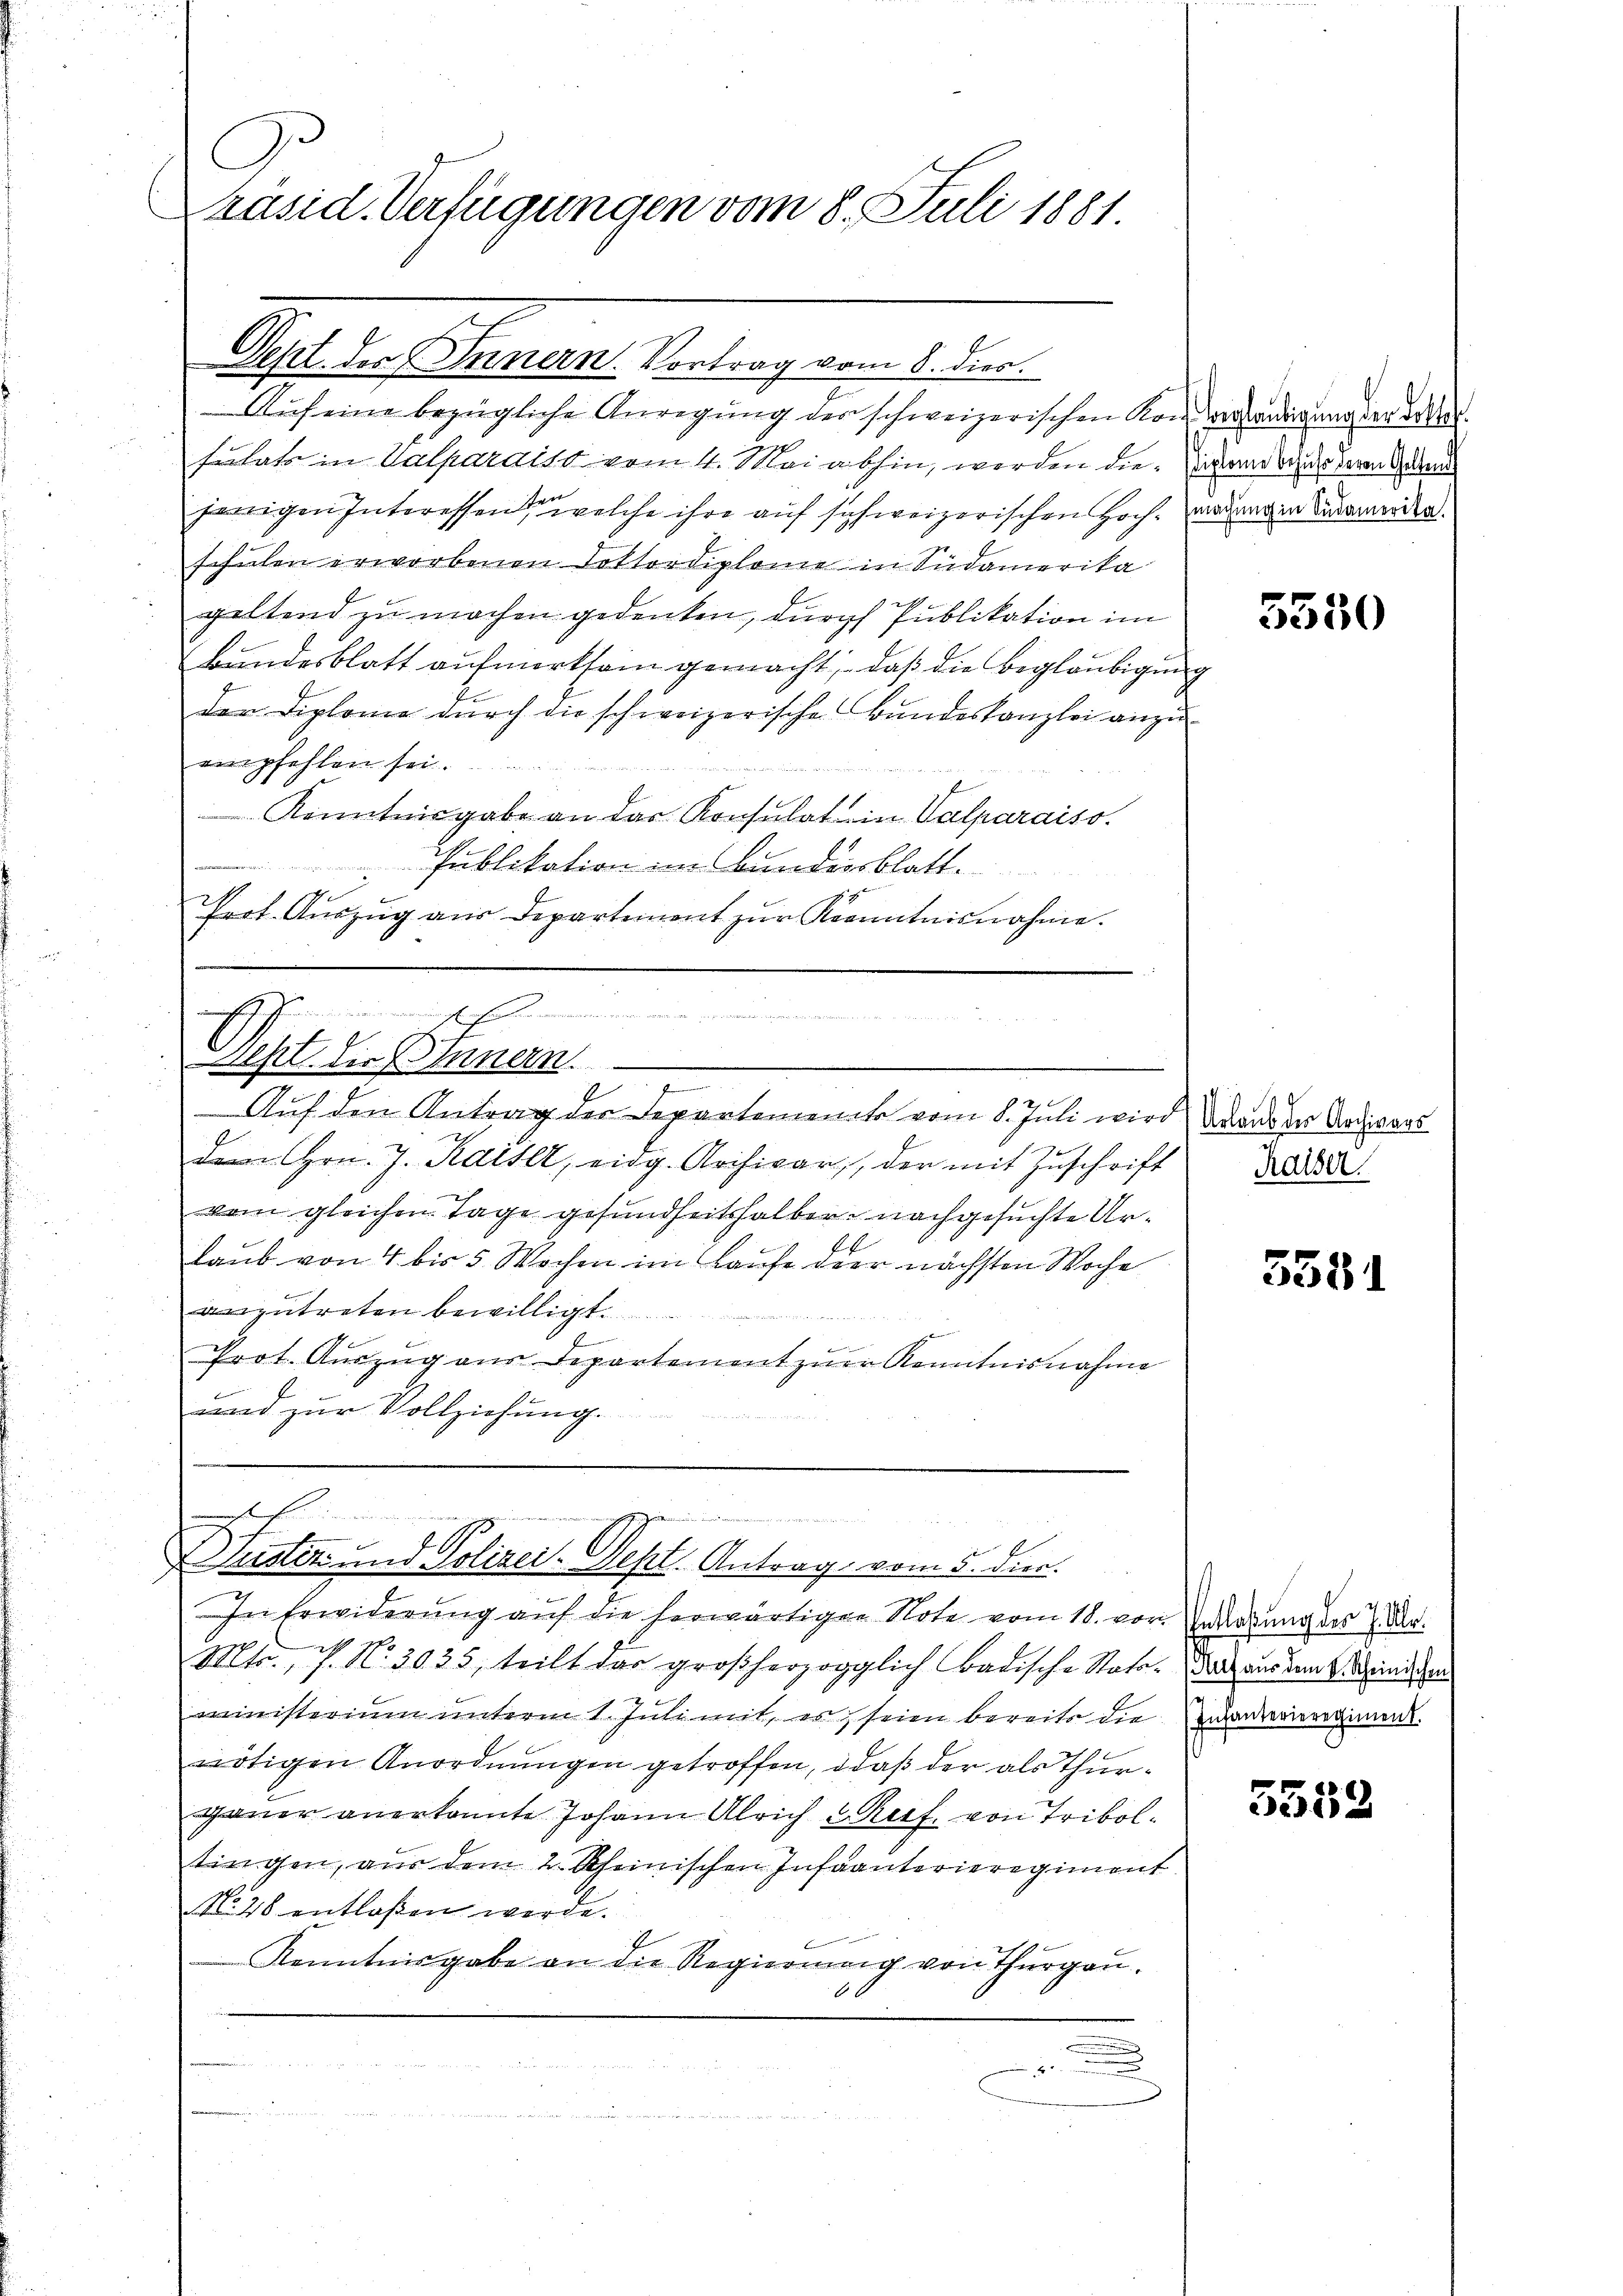
C
Präsid. Verfügungen vom 8. Juli 1881

Dept. des Innern. Vortrag vom 8. dies
Aŭf eine bezügliche Anregung der schweizerischen Konveredigung der der Ver
sulats in Valparaits vom 4. Mai abhin, werden die ich anden deren Gedan
jenigen Interessen, welche ihre auf schweizerischen Hochmachung in Südamerika.
schulen erworbenen Lottordiplome in Südamerika
geltend zu machen gedenken, durch Publikation im
Bundesblatt aufmerksam gemacht, daß die Beglaubigung
der Diplome durch die schweizerische Bundeskanzlei anzu
empfehlen sei.
Kenntnisgabe an das Konsulat in Valparaiso
Publikation im Bundesblatt.
Prot. Aŭszŭg aŭs Departement zŭr Kenntnisnahme.

mmung ihre armen wenn werden nemen
7
Seht in Innern.

2
dem Hrn. J. Kaiser, eidg. Archivar, der mit Zuschrift
vom gleichen Tage gesundheitshalber nachgesuchte Ur¬
E
Laub von 4 bis 5 Wochen im Laufe der nächsten Woche
anzutreten bewilligt.
f
Prot. Aŭszŭg aŭs Departement zŭr Kenntnisnahme
und zur Vollziehung.

Auf den Antrag der Departement vom 8. Juli wird Wande der Archivars

e
e

f
ustiz und Polizei-Sept. Antrag vom 5. dier.

In Erwiderung auf die herwärtigen Note vom 18. vor. Zulaßung des 7. Dr.
Mtr. P. Nr. 3035, teilt das großherzogglich badische Stato, daß aus dem Sind an
ministerium unterm 1. Intimit, es seien bereits die nanternergiment.
nötigen Anordnungen getroffen, daß der als Thurgauer anerkannte Johann Ulrich Ref. von Triboltingen, aus dem 2. Rheinischen Infanterieregiment
No. 26 entlassen werde.
Kenntnisgabe an die Regierung von Thŭrgaŭ.

5550

Kaiser

5581

s

5552